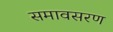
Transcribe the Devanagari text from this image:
समावसरण